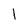
Character: 1